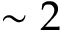
\sim 2